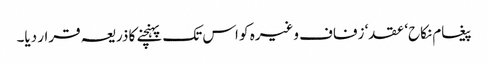
پیغام نکاح‘ عقد‘ زفاف وغیرہ کو اس تک پہنچنے کا ذریعہ قرار دیا۔